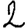
Digit: 2